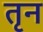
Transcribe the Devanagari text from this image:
तृन